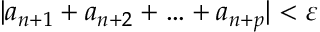
| a _ { n + 1 } + a _ { n + 2 } + \ldots + a _ { n + p } | < \varepsilon